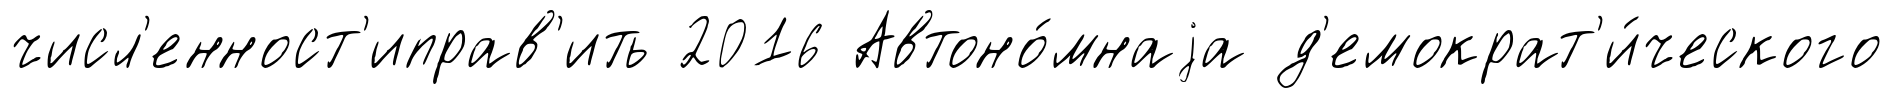
числ'енност'иправ'ить 2016 Автоно́мнаjа д'емократ'и́ческого